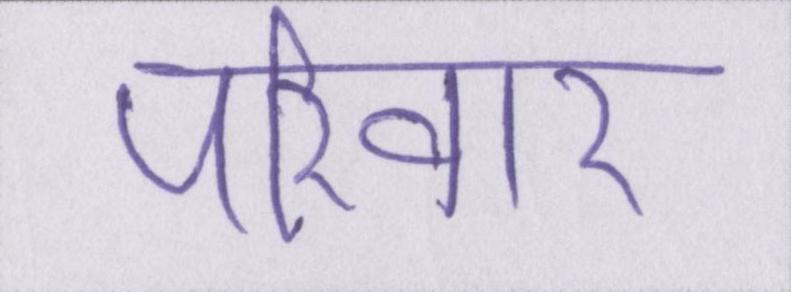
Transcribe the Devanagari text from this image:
परिवार